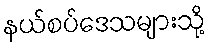
နယ်စပ်ဒေသများသို့